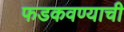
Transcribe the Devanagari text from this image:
फडकवण्याची